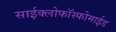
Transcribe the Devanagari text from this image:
साईक्लोफॉस्फोमाईड